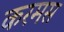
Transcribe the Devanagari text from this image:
करमस